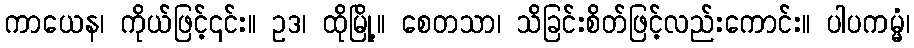
ကာယေန၊ ကိုယ်ဖြင့်၎င်း။ ဥဒ၊ ထိုမြို့။ စေတသာ၊ သိခြင်းစိတ်ဖြင့်လည်းကောင်း။ ပါပကမ္မံ၊